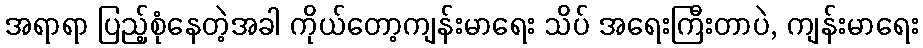
အရာရာ ပြည့်စုံနေတဲ့အခါ ကိုယ်တော့ကျန်းမာရေး သိပ် အရေးကြီးတာပဲ, ကျန်းမာရေး